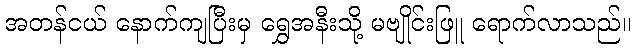
အတန်ငယ် နောက်ကျပြီးမှ ရွှေအနီးသို့ မဗျိုင်းဖြူ ရောက်လာသည်။